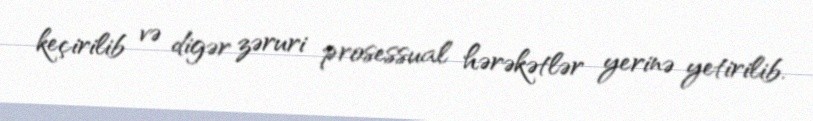
keçirilib və digər zəruri prosessual hərəkətlər yerinə yetirilib.